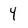
Character: 4